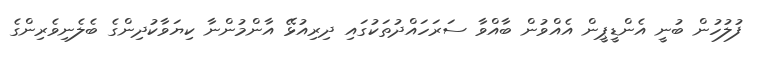
ފުލުހުން ބުނީ އެންޑީޕީން އެއްވުން ބާއްވާ ސަރަހައްދުތަކުގައި ދިރިއުޅޭ އާންމުންނާ ކިޔަވާކުދިންގެ ބެލެނިވެރިންގެ